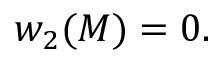
w _ { 2 } ( M ) = 0 .